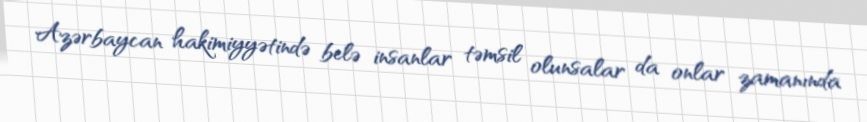
Azərbaycan hakimiyyətində belə insanlar təmsil olunsalar da onlar zamanında